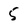
Character: 5